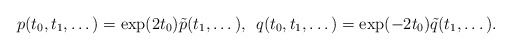
\begin{align*}p(t_0,t_1,\dots)=\exp(2t_0)\tilde p(t_1,\dots),\;\,q(t_0,t_1,\dots)=\exp(-2t_0)\tilde q(t_1,\dots).\end{align*}